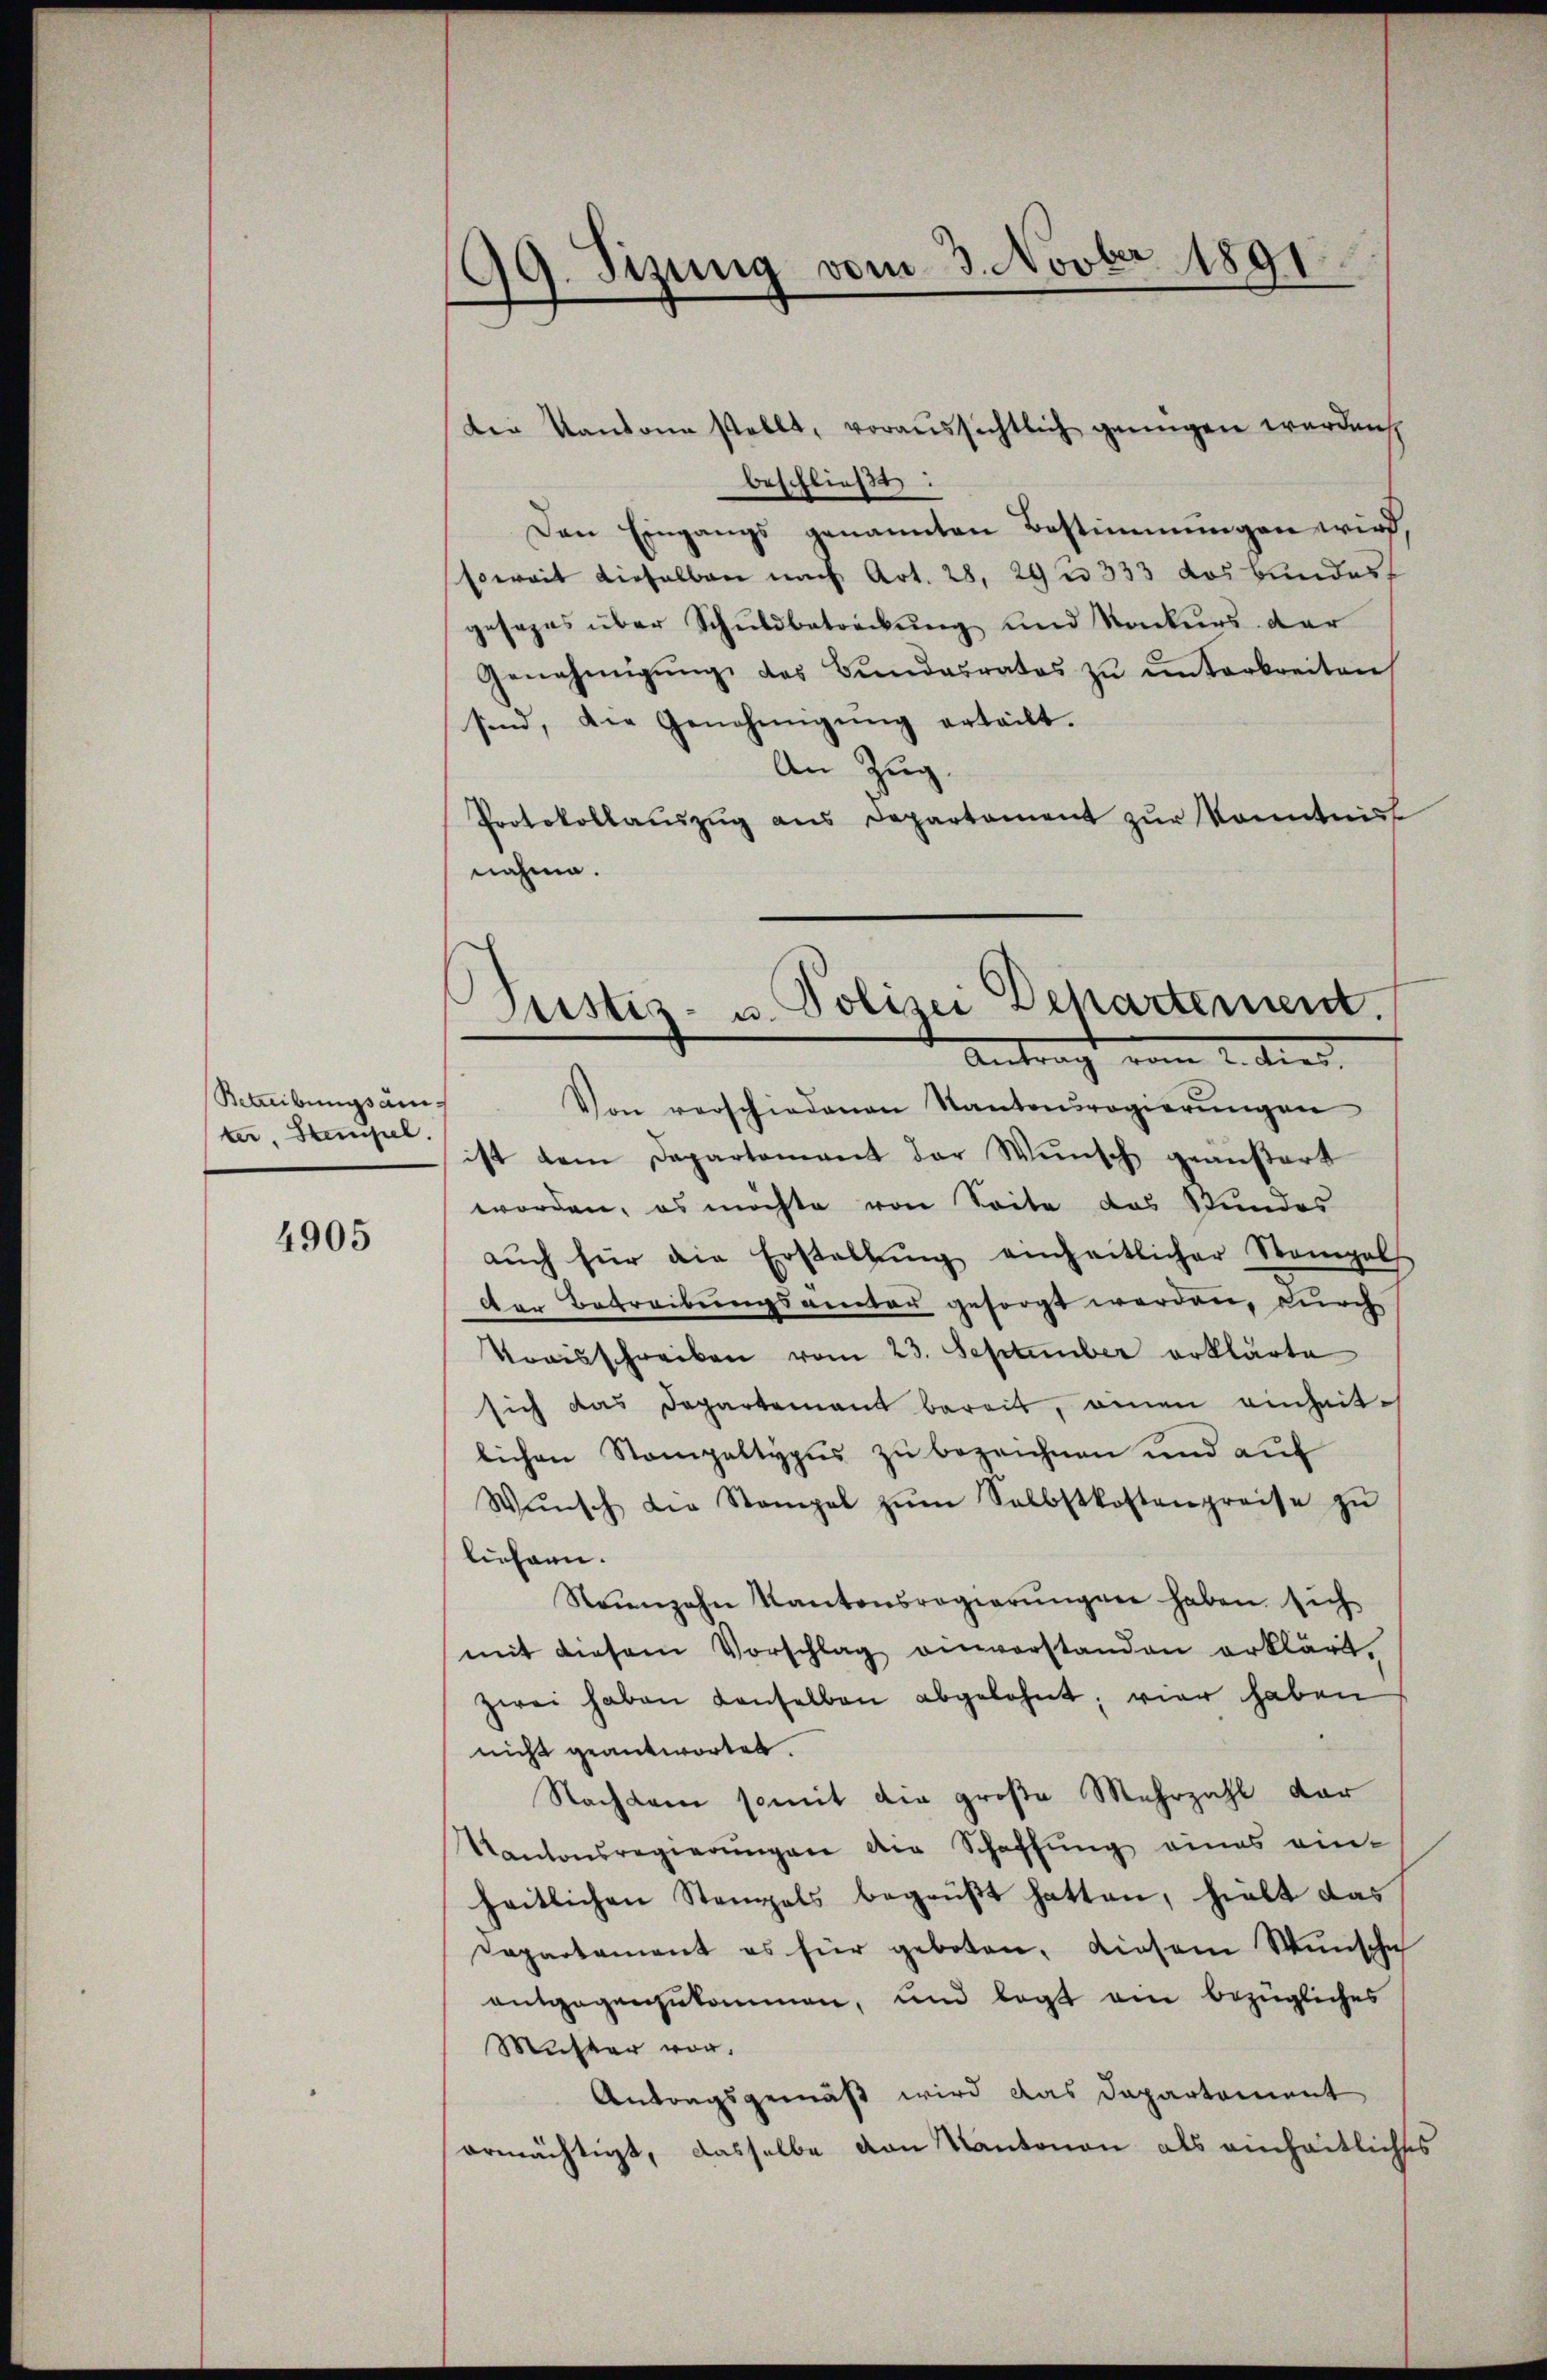
Betreibungsanter Stempel.

4905

99. Sizung vom 3. Novber 1891

beschließt:
Den Eingangs genannten Bestimmungen wird,
soweit dieselben nach Art. 28. 29 n 333 des Bundes
gesezes über Schuldbetreckung und Konkurs der
Genehmigŭng des Bundesrates zŭ ŭnterbreiten
sind, die Genehmigŭng erteilt.
An Zug
Protokollaŭszŭg ans Departement zŭr Kenntniss
nahme.
Von verschiedenen Kantonsregierŭngen
ist dem Departement der Wŭnsch geäußert
worden, es möchte von Seite das Stundes
aŭch für die Erstellŭng einheitlicher Stempel
der Betreibungsamter gesorgt werden, durch
Traisschreiben vom 23. September erklärte
sich das Departement bereits, einen einheit-
lichen Stampaltypus zu bezeichnen und auf
Wŭnsch die Stampel zŭm Selbstkostenpreise zŭ
liehen.
Neunzehn Kantonsregierŭngen haben sich
mit diesem Vorschlag einverstanden erklärt.
zwei haben denselben abgelohnt; vier haben
nicht geantwortet.
Nachdem somit die große Mehrzahl dar
Kantonsregierungen die Schaffung eines an-
heitlichen Stempels begrüβt hatten, hielt das
Departament es für geboten, diesem Wünsche
entgegenzukommen, und legt ein bezügliches
Muster vor.
Antragsgemäß wird das Departement
ormächtigt, dasselbe von Kantonen als einheitliches

Der Kantone stellt, voraussichtlich genügen werden

Justiz- u. Polizei Departement.
Antragt vom 2. dies,